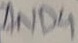
Text: AND4